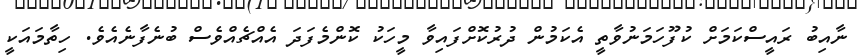
ނާއިބު ރައީސްކަމަށް ކުފޫހަމަނުވާތީ އެކަމުން ދުރުކޮށްފައިވާ މީހަކު ކޮންމެފަދަ އެއްޗެއްވެސް ބުނެފާނެއެވެ. ހިތާމައަކީ